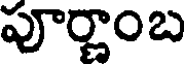
పూర్ణాంబ